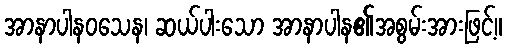
အာနာပါနဝသေန၊ ဆယ်ပါးသော အာနာပါန၏အစွမ်းအားဖြင့်။